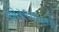
એરલાઇનો